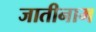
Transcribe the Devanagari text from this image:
जातीनाम